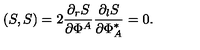
( S , S ) = 2 \frac { \partial _ { r } S } { \partial \Phi ^ { A } } \frac { \partial _ { l } S } { \partial \Phi _ { A } ^ { \ast } } = 0 .